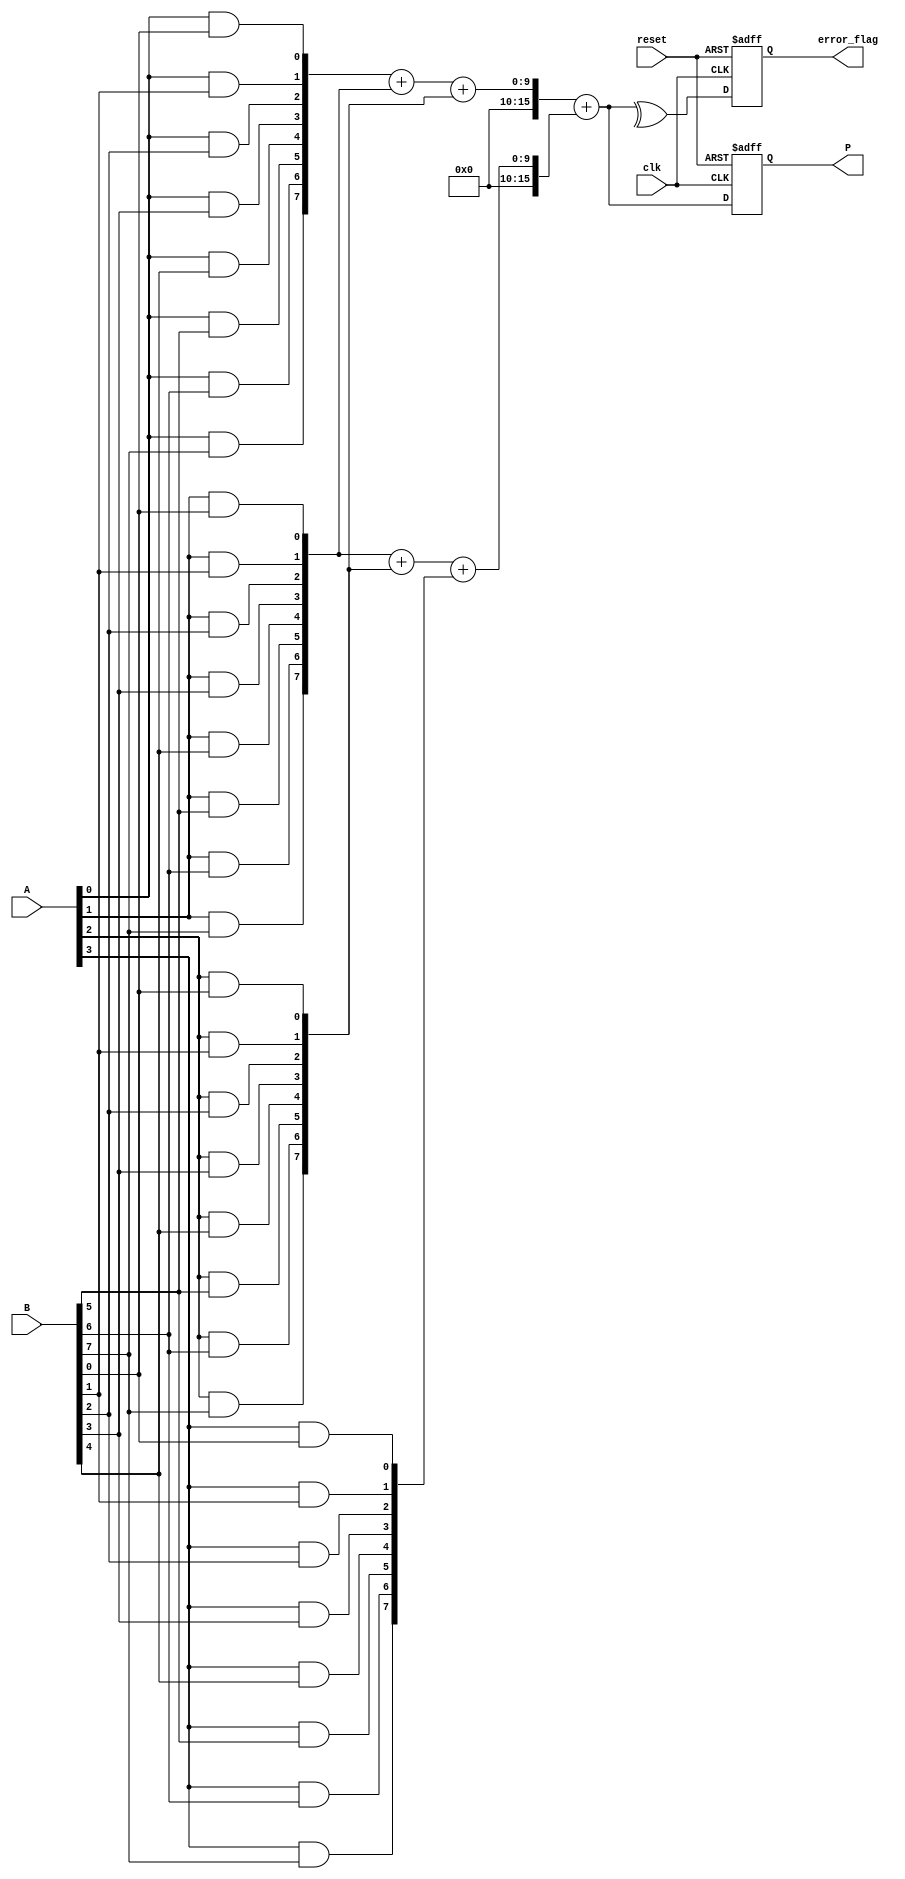
module FaultTolerantWallaceTreeMultiplier #(parameter N = 8) (
    input wire [N-1:0] A,
    input wire [N-1:0] B,
    input wire clk,
    input wire reset,
    output reg [2*N-1:0] P,
    output reg error_flag
);

// Internal signals
wire [N-1:0] pp [N-1:0]; // Partial products
wire [2*N-1:0] sum [N-1:0]; // Sums for Wallace tree levels
wire [N-1:0] carry; // Carry bits
wire [2*N-1:0] final_sum;
wire error_detected;

// Generate Partial Products
genvar i, j;
generate
    for (i = 0; i < N; i = i + 1) begin : gen_partial_products
        for (j = 0; j < N; j = j + 1) begin : gen_and
            assign pp[i][j] = A[i] & B[j];
        end
    end
endgenerate

// Wallace Tree Reduction
// Level 1: Combine partial products using Carry-Save Adders
// Here we are combining three inputs for redundancy; more levels can be added based on design requirements.
genvar k;
generate
    for (k = 0; k < N; k = k + 1) begin : combine_pp
        // Simple CSA combining three partial products (for redundancy)
        if (k < N-1) begin
            assign sum[k] = pp[k] + pp[k+1] + pp[k+2]; // Combine three
        end
    end
endgenerate

// Final Adder (using a simple adder for demonstration)
assign final_sum = sum[0] + sum[1]; // More levels can be added based on the structure

// Error Detection: Simple parity check
assign error_detected = ^final_sum; // Simple parity check for error detection

// Output Logic
always @(posedge clk or posedge reset) begin
    if (reset) begin
        P <= 0;
        error_flag <= 0;
    end else begin
        P <= final_sum;
        error_flag <= error_detected; // Set error flag if error detected
    end
end

endmodule